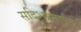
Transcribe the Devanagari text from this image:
सदिशप्रमाणेच